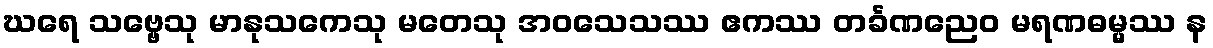
ဃရေ သဗ္ဗေသု မာနုသကေသု မတေသု အဝသေသဿ ဧကဿ တင်္ခဏညေဝ မရဏဓမ္မဿ န